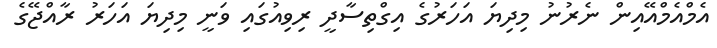
އެމްއެމްއޭއިން ނެރުނު މިދިޔަ އަހަރުގެ އިގްތިސާދީ ރިވިއުގައި ވަނީ މިދިޔަ އަހަރު ރާއްޖޭގެ